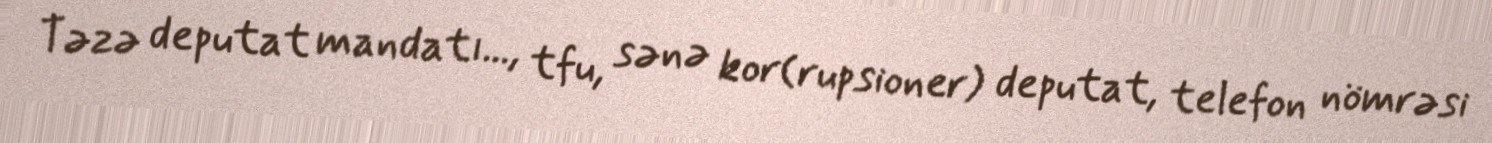
Təzə deputat mandatı..., tfu, sənə kor(rupsioner) deputat, telefon nömrəsi